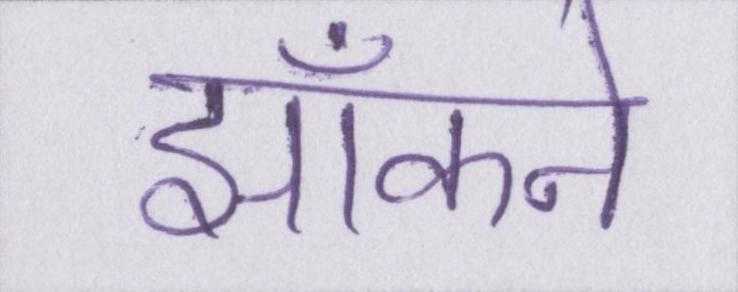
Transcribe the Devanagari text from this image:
झाँकने